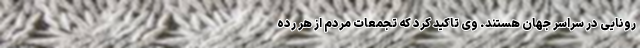
رونایی در سراسر جهان هستند. وی تاکید کرد که تجمعات مردم از هر رده